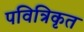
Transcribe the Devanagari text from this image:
पवित्रिकृत